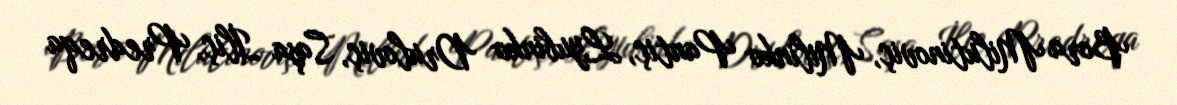
Bora Milutinoviç, Milinko Pantiç, Lyubinko Druloviç, Saşa İliç, Predreqa